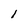
Character: l